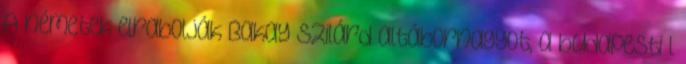
A németek elrabolják Bakay Szilárd altábornagyot, a budapesti I.